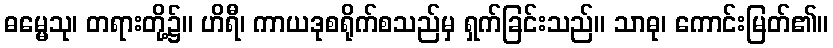
ဓမ္မေသု၊ တရားတို့၌။ ဟိရီ၊ ကာယဒုစရိုက်စသည်မှ ရှက်ခြင်းသည်။ သာဓု၊ ကောင်းမြတ်၏။